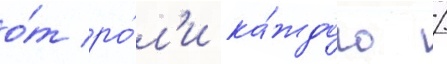
о́т ро́л'и ка́ждого /